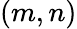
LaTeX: (m,n)